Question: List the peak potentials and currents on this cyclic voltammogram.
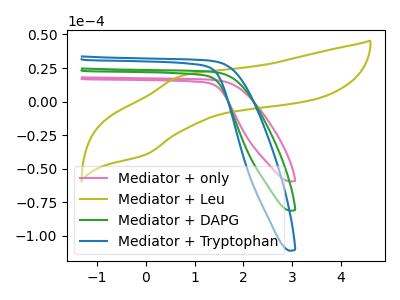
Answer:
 <answer>The pink curve "Mediator + only" has no peaks. The olive curve "Mediator + Leu" has an anodic peak at (0.75V, 19.30uA) and a cathodic peak at (0.00V, -39.60uA). The green curve "Mediator + DAPG" has no peaks. The blue curve "Mediator + Tryptophan" has no peaks.</answer>
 <eval></eval>